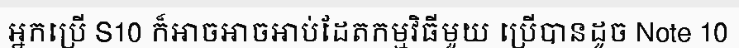
អ្នកប្រើ S10 ក៏អាចអាចអាប់ដែតកម្មវិធីមួយ ប្រើបានដូច Note 10